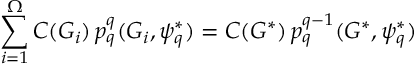
\sum _ { i = 1 } ^ { \Omega } C ( G _ { i } ) \, p _ { q } ^ { q } ( G _ { i } , \psi _ { q } ^ { * } ) = C ( G ^ { * } ) \, p _ { q } ^ { q - 1 } ( G ^ { * } , \psi _ { q } ^ { * } )